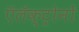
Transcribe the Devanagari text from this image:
ऍलॅक्ट्रोनों